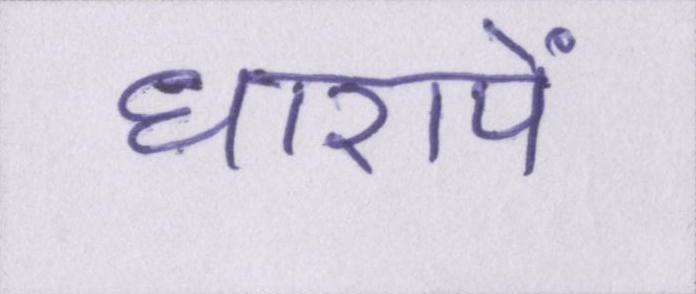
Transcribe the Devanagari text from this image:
धारायें